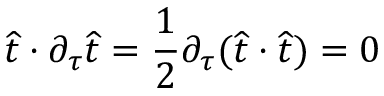
\widehat { t } \cdot \partial _ { \tau } \widehat { t } = \frac { 1 } { 2 } \partial _ { \tau } ( \widehat { t } \cdot \widehat { t } ) = 0